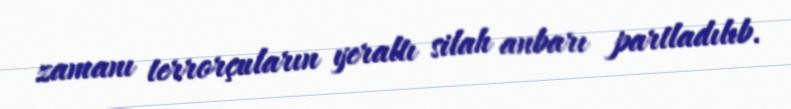
zamanı terrorçuların yeraltı silah anbarı partladılıb.